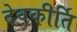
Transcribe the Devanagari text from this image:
देवकीर्ति